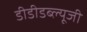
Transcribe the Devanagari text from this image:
डीडीडब्ल्यूजी